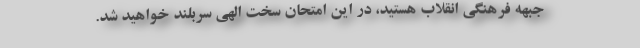
جبهه فرهنگی انقلاب هستید، در این امتحان سخت الهی سربلند خواهید شد.